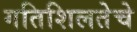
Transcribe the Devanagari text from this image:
गतिशिलतेचे